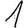
Digit: 1